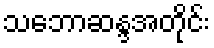
သဘောဆန္ဒအတိုင်း